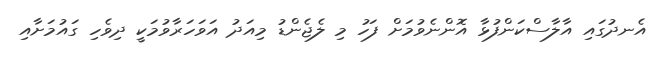
އެނދުގައި އާލާސްކަންފުޅާ އޮންނެވުމަށް ފަހު މި ލެޖެންޑު މިއަދު އަވަހަރާވުމަކީ ދިވެހި ގައުމަށާއި